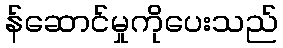
န်ဆောင်မှုကိုပေးသည်